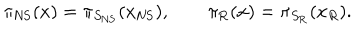
\pi _ { \mathrm { N S } } ( x ) = \pi _ { S _ { \mathrm { N S } } } ( x _ { \mathrm { N S } } ) , \qquad \pi _ { \mathrm { R } } ( x ) = \pi _ { S _ { \mathrm { R } } } ( x _ { R } ) .